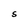
Character: S